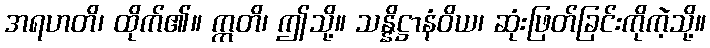
အရဟတိ၊ ထိုက်၏။ ဣတိ၊ ဤသို့။ သန္နိဋ္ဌာနံဝိယ၊ ဆုံးဖြတ်ခြင်းကိုကဲ့သို့။